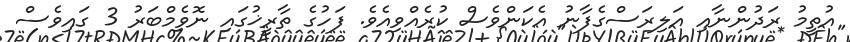
އުތީމު ރަދުންނާއި އަލިރަސްގެފާނު އެކަންވެސް ކުރެއްވިއެވެ. ފަހުގެ ތާރީޚުގައި ނޮވެމްބަރު 3 ގައިވެސް